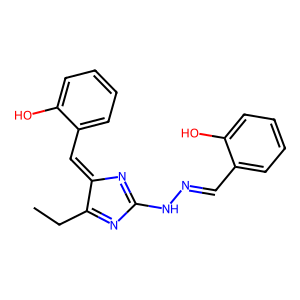
SMILES: CCC1=NC(NN=Cc2ccccc2O)=NC1=Cc1ccccc1O
Inhibits HIV replication: No